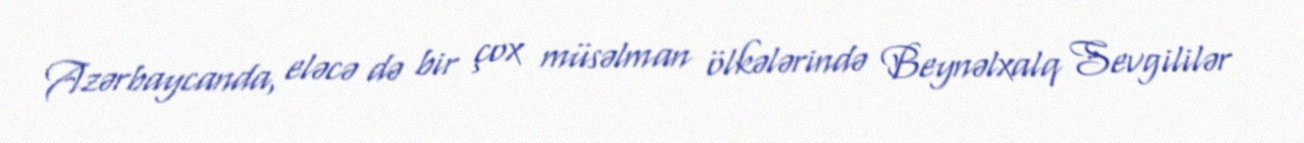
Azərbaycanda, eləcə də bir çox müsəlman ölkələrində Beynəlxalq Sevgililər